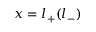
x = l _ { + } ( l _ { - } )